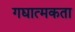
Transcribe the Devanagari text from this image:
गद्यात्मकता